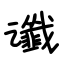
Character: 谶